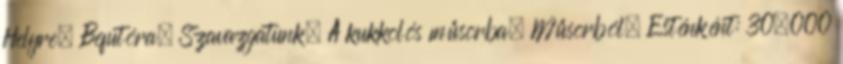
Helyre. Befutóra. Szavazgatunk. A kukkolós műsorba. Műsorból. Esténként: 30.000